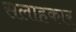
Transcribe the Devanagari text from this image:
सलाहकार्